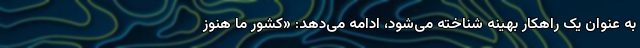
به عنوان یک راهکار بهینه شناخته می‌شود، ادامه می‌دهد: «کشور ما هنوز